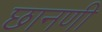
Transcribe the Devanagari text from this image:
छानणी